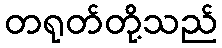
တရုတ်တို့သည်